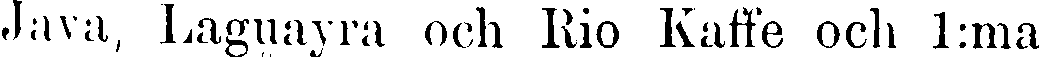
Java, Laguayra och Rio Kaffe och 1:ma